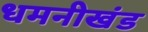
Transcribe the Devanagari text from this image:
धमनीखंड